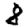
Digit: 8